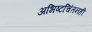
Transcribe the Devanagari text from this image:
अभिष्टचिंतनही